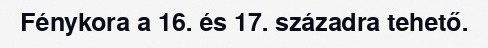
Fénykora a 16. és 17. századra tehető.